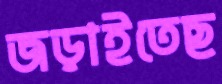
জড়াইতেছ